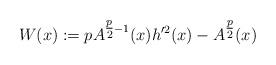
LaTeX: \begin{align*}W(x):=pA^{\tfrac{p}{2}-1}(x)h'^2(x)-A^{\tfrac{p}{2}}(x)\end{align*}